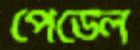
পেডেল